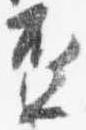
盃